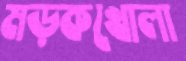
মড়কখোলা